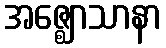
အဇ္ဈောသာနာ